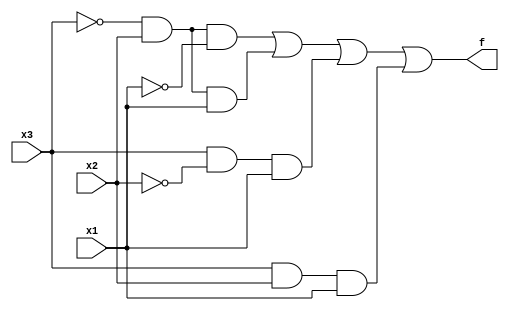
module top_module( 
    input x3,
    input x2,
    input x1,  // three inputs
    output f   // one output
);

	// Sum-of-Products form: f = x3'x2x1' + x3'x2x1 + x3x2'x1 + x3x2x1
    assign f = (~x3 & x2 & ~x1) | // row 2
               (~x3 & x2 & x1)  | // row 3
               (x3 & ~x2 & x1)  | // row 5
               (x3 & x2 & x1);    // row 7

endmodule